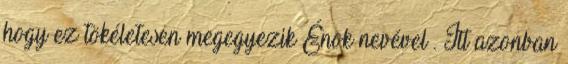
hogy ez tökéletesen megegyezik Énok nevével . Itt azonban